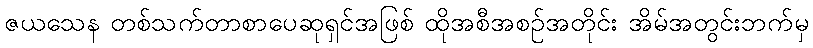
ဇယသေန တစ်သက်တာစာပေဆုရှင်အဖြစ် ထိုအစီအစဉ်အတိုင်း အိမ်အတွင်းဘက်မှ